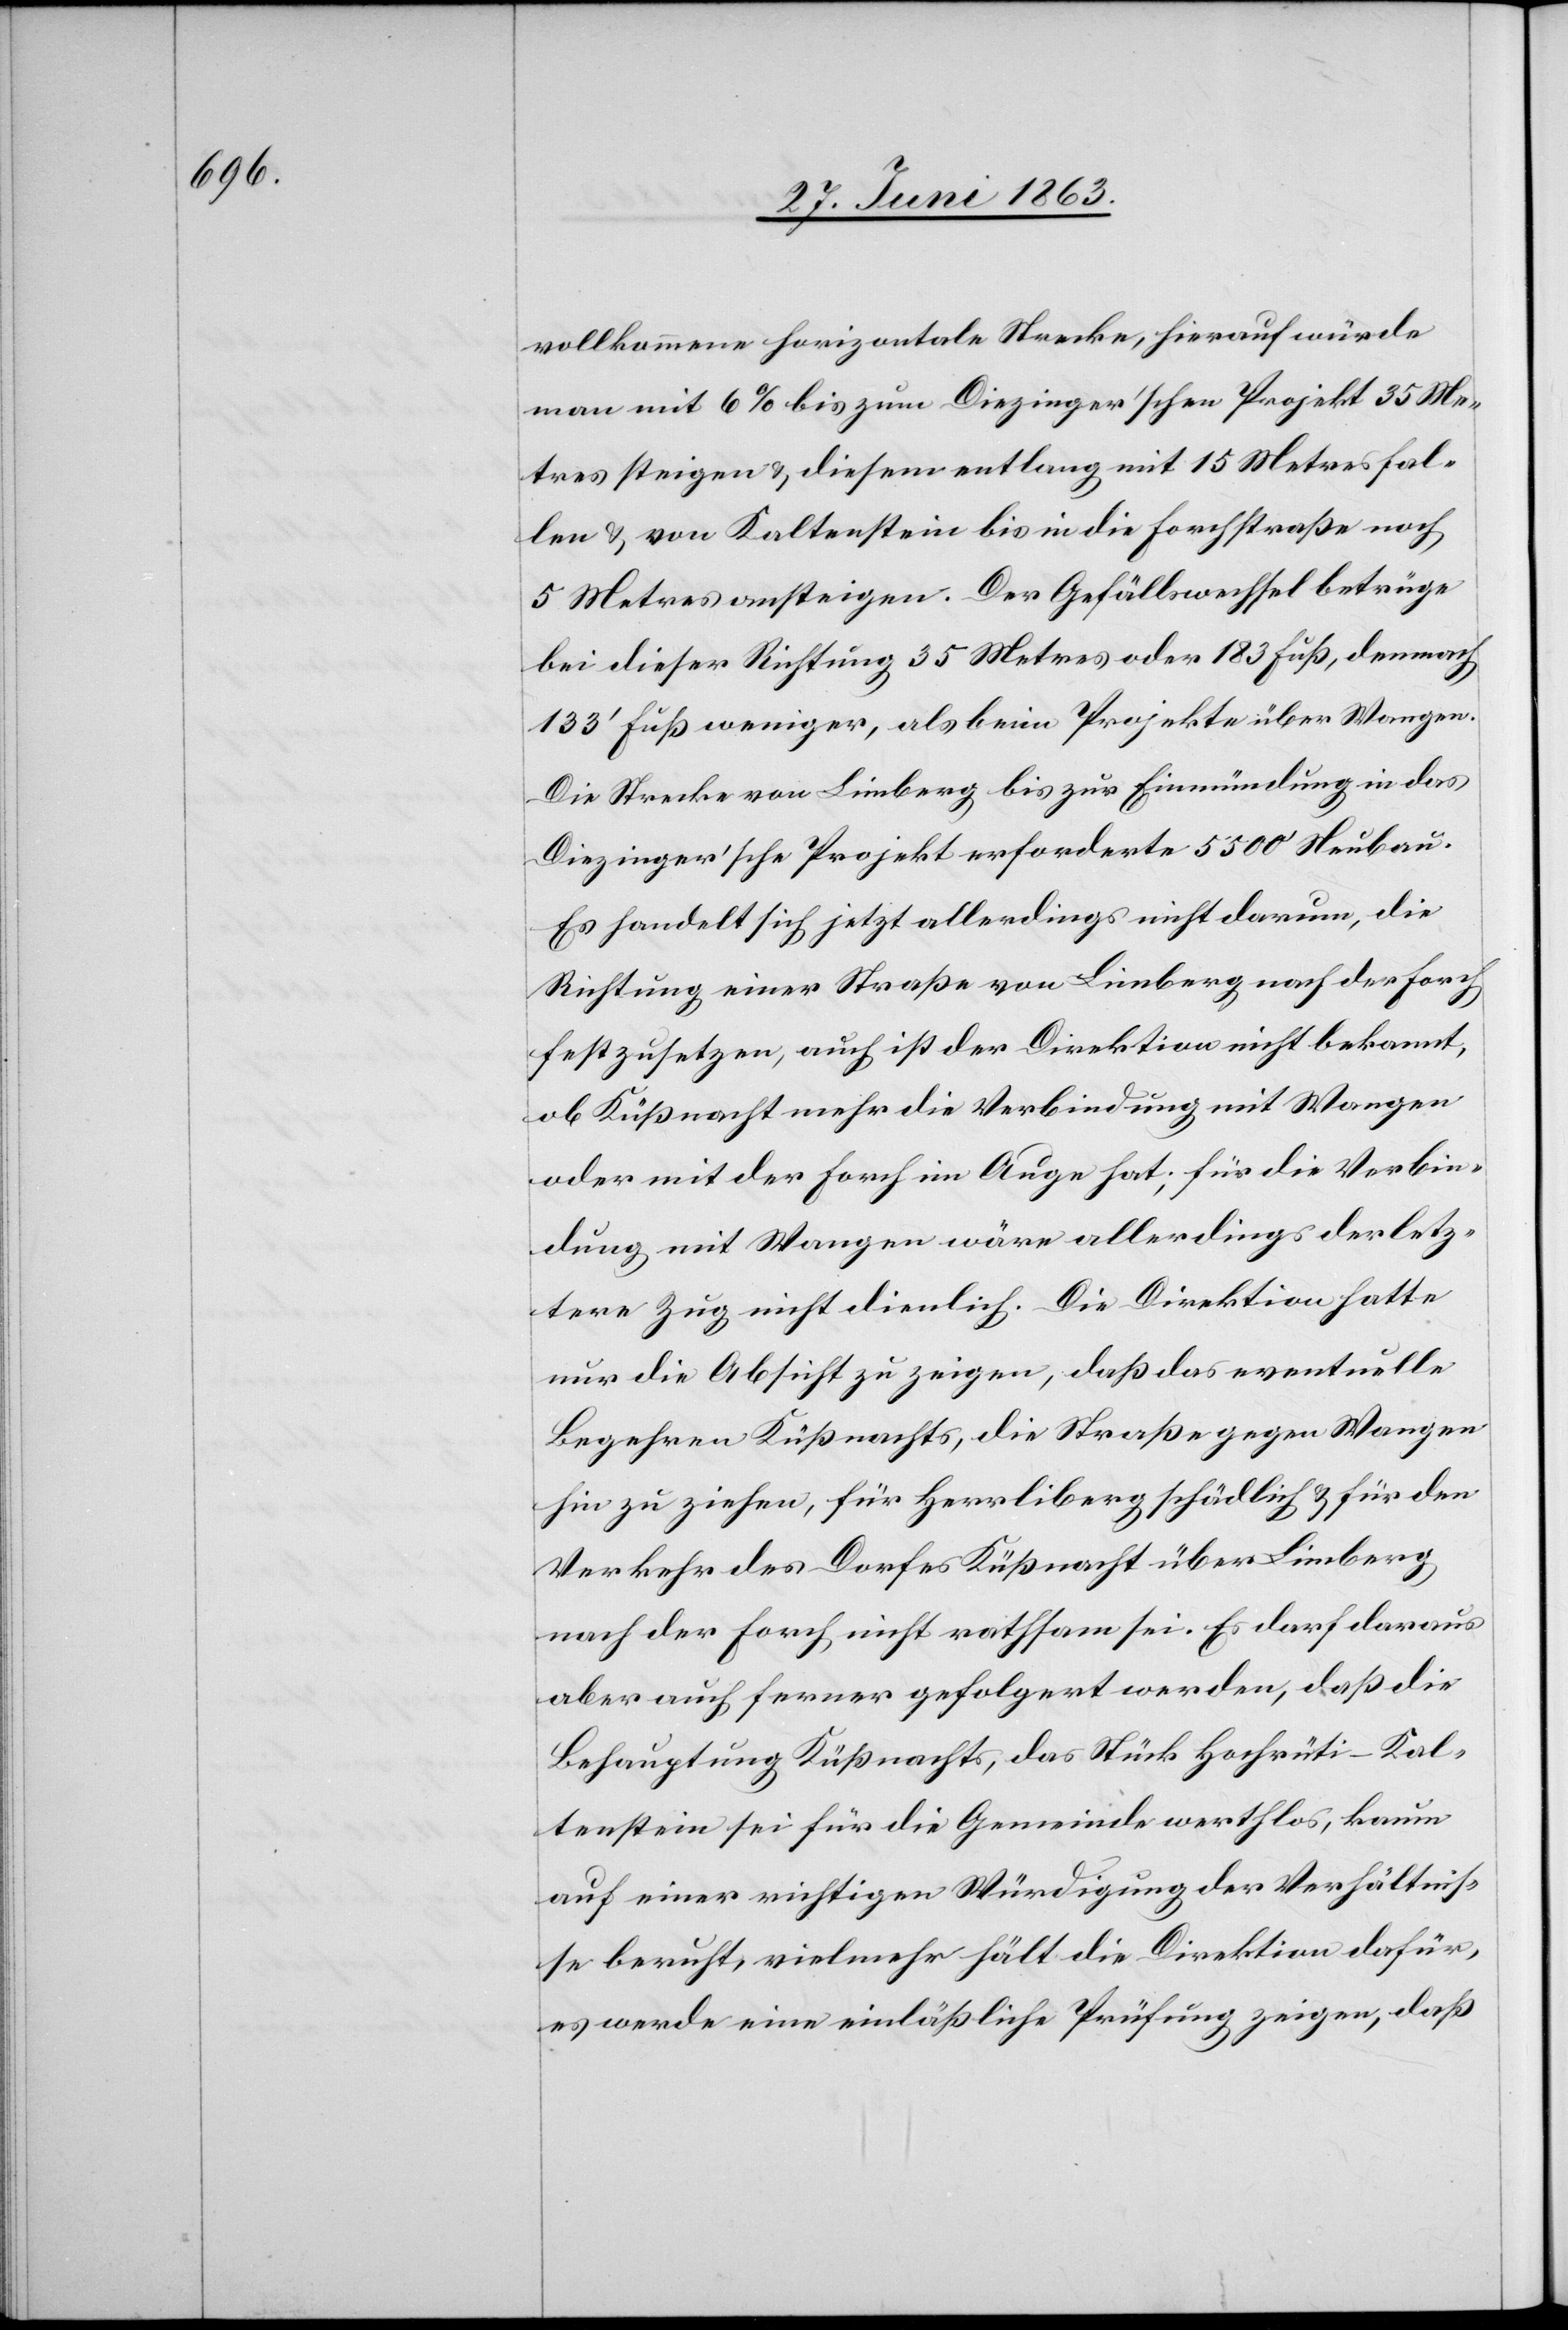
vollkommene horizontale Strecke, hierauf würde
man mit 6% bis zum Diezinger'schen Projekt 35 Me¬
tres steigen & diesem entlang mit 15 Metres fal¬
len & von Kaltenstein bis in die Forchstraße noch
5 Metres ansteigen. Der Gefällswechsel betrüge
bei dieser Richtung 35 Metres oder 183 Fuß, demnach
Fuß [sic!] weniger, als beim Projekte über Wangen.
Die Strecke von Limberg bis zur Einmündung in das
Diezinger'sche Projekt erforderte 5500' Neubau.
Es handelt sich jetzt allerdings nicht darum, die
Richtung einer Straße von Limberg nach der Forch
festzusetzen, auch ist der Direktion nicht bekannt,
ob Küßnacht mehr die Verbindung mit Wangen
oder mit der Forch im Auge hat; für die Verbin¬
dung mit Wangen wäre allerdings der letz¬
tere Zug nicht dienlich. Die Direktion hatte
nur die Absicht zu zeigen, daß das eventuelle
Begehren Küßnachts, die Straße gegen Wangen
hin zu ziehen, für Herrliberg schädlich & für den
Verkehr des Dorfes Küßnacht über Limberg
nach der Forch nicht rathsam sei. Es darf daraus
aber auch ferner gefolgert werden, daß die
Behauptung Küßnachts, das Stück Hochrüti–Kal¬
tenstein sei für die Gemeinde werthlos, kaum
auf einer richtigen Würdigung der Verhältnis¬
se beruht, vielmehr hält die Direktion dafür,
es werde eine einläßliche Prüfung zeigen, daß